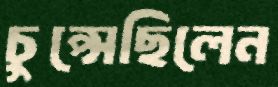
চুপ্‌সেছিলেন